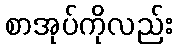
စာအုပ်ကိုလည်း